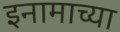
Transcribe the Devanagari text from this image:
इनामाच्या